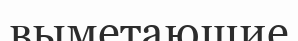
выметающие